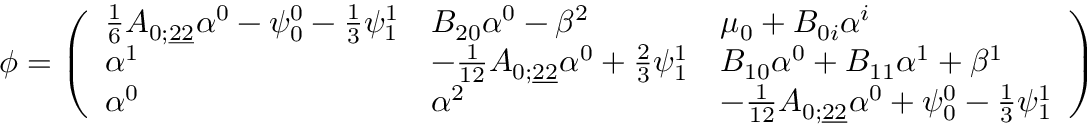
\phi = \left( \begin{array} { l l l } { \frac { 1 } { 6 } A _ { 0 ; \underline { { 2 2 } } } \alpha ^ { 0 } - \psi _ { 0 } ^ { 0 } - \frac 1 3 \psi _ { 1 } ^ { 1 } } & { B _ { 2 0 } \alpha ^ { 0 } - \beta ^ { 2 } } & { \mu _ { 0 } + B _ { 0 i } \alpha ^ { i } } \\ { \alpha ^ { 1 } } & { - \frac { 1 } { 1 2 } A _ { 0 ; \underline { { 2 2 } } } \alpha ^ { 0 } + \frac 2 3 \psi _ { 1 } ^ { 1 } } & { B _ { 1 0 } \alpha ^ { 0 } + B _ { 1 1 } \alpha ^ { 1 } + \beta ^ { 1 } } \\ { \alpha ^ { 0 } } & { \alpha ^ { 2 } } & { - \frac { 1 } { 1 2 } A _ { 0 ; \underline { { 2 2 } } } \alpha ^ { 0 } + \psi _ { 0 } ^ { 0 } - \frac 1 3 \psi _ { 1 } ^ { 1 } } \end{array} \right)